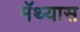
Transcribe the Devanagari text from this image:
मॅथ्यास